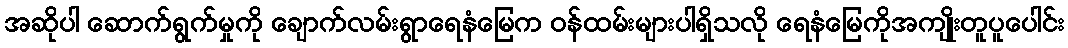
အဆိုပါ ဆောက်ရွက်မှုကို ချောက်လမ်းရွာရေနံမြေက ဝန်ထမ်းများပါရှိသလို ရေနံမြေကိုအကျိုးတူပူပေါင်း